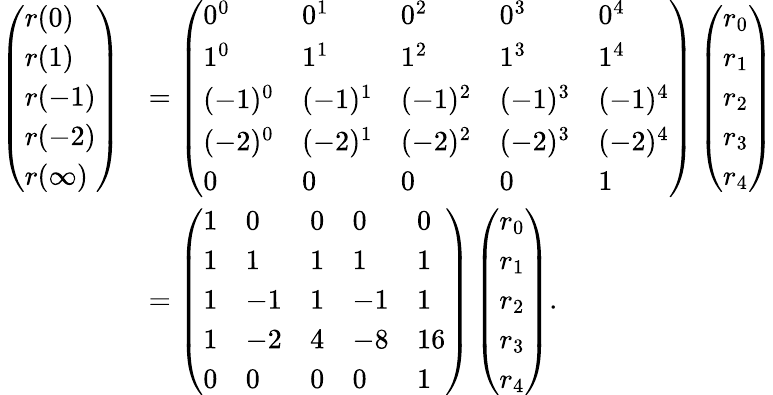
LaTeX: {\begin{array}{rl}{\left({\begin{array}{l}{r(0)}\\ {r(1)}\\ {r(-1)}\\ {r(-2)}\\ {r(\infty)}\end{array}}\right)}&{=\left({\begin{array}{lllll}{0^{0}}&{0^{1}}&{0^{2}}&{0^{3}}&{0^{4}}\\ {1^{0}}&{1^{1}}&{1^{2}}&{1^{3}}&{1^{4}}\\ {(-1)^{0}}&{(-1)^{1}}&{(-1)^{2}}&{(-1)^{3}}&{(-1)^{4}}\\ {(-2)^{0}}&{(-2)^{1}}&{(-2)^{2}}&{(-2)^{3}}&{(-2)^{4}}\\ {0}&{0}&{0}&{0}&{1}\end{array}}\right)\left({\begin{array}{l}{r_{0}}\\ {r_{1}}\\ {r_{2}}\\ {r_{3}}\\ {r_{4}}\end{array}}\right)}\\ &{=\left({\begin{array}{lllll}{1}&{0}&{0}&{0}&{0}\\ {1}&{1}&{1}&{1}&{1}\\ {1}&{-1}&{1}&{-1}&{1}\\ {1}&{-2}&{4}&{-8}&{16}\\ {0}&{0}&{0}&{0}&{1}\end{array}}\right)\left({\begin{array}{l}{r_{0}}\\ {r_{1}}\\ {r_{2}}\\ {r_{3}}\\ {r_{4}}\end{array}}\right).}\end{array}}